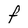
Character: F